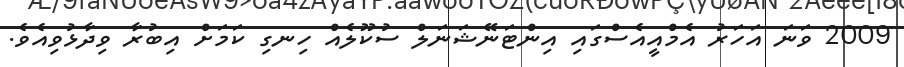
2009 ވަނަ އަހަރު އެމްއީއެސްގައި އިންޓަނޭޝަނަލް ސުކޫލެއް ހިނގި ކަމަށް އިބުރާ ވިދާޅުވިއެވެ.